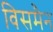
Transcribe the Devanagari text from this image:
विसमैन